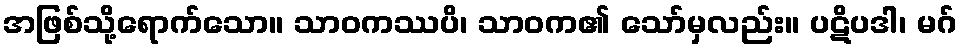
အဖြစ်သို့ရောက်သော။ သာဝကဿပိ၊ သာဝက၏ သော်မှလည်း။ ပဋိပဒါ၊ မဂ်